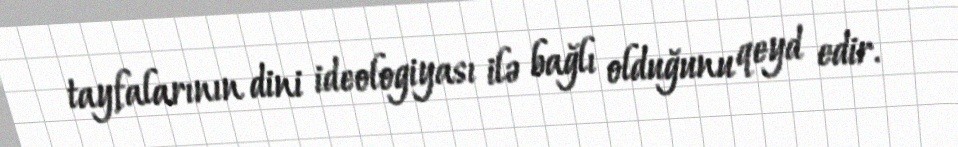
tayfalarının dini ideologiyası ilə bağlı olduğunu qeyd edir.